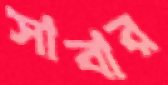
সাবার